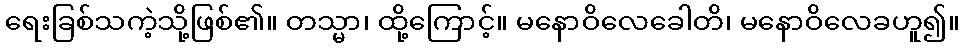
ရေးခြစ်သကဲ့သို့ဖြစ်၏။ တသ္မာ၊ ထို့ကြောင့်။ မနောဝိလေခေါတိ၊ မနောဝိလေခဟူ၍။